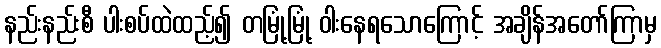
နည်းနည်းစီ ပါးစပ်ထဲထည့်၍ တမြုံ့မြုံ့ ဝါးနေရသောကြောင့် အချိန်အတော်ကြာမှ